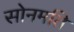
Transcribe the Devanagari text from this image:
सोनमति